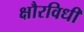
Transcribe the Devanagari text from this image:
क्षौरविधी